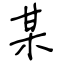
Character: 某